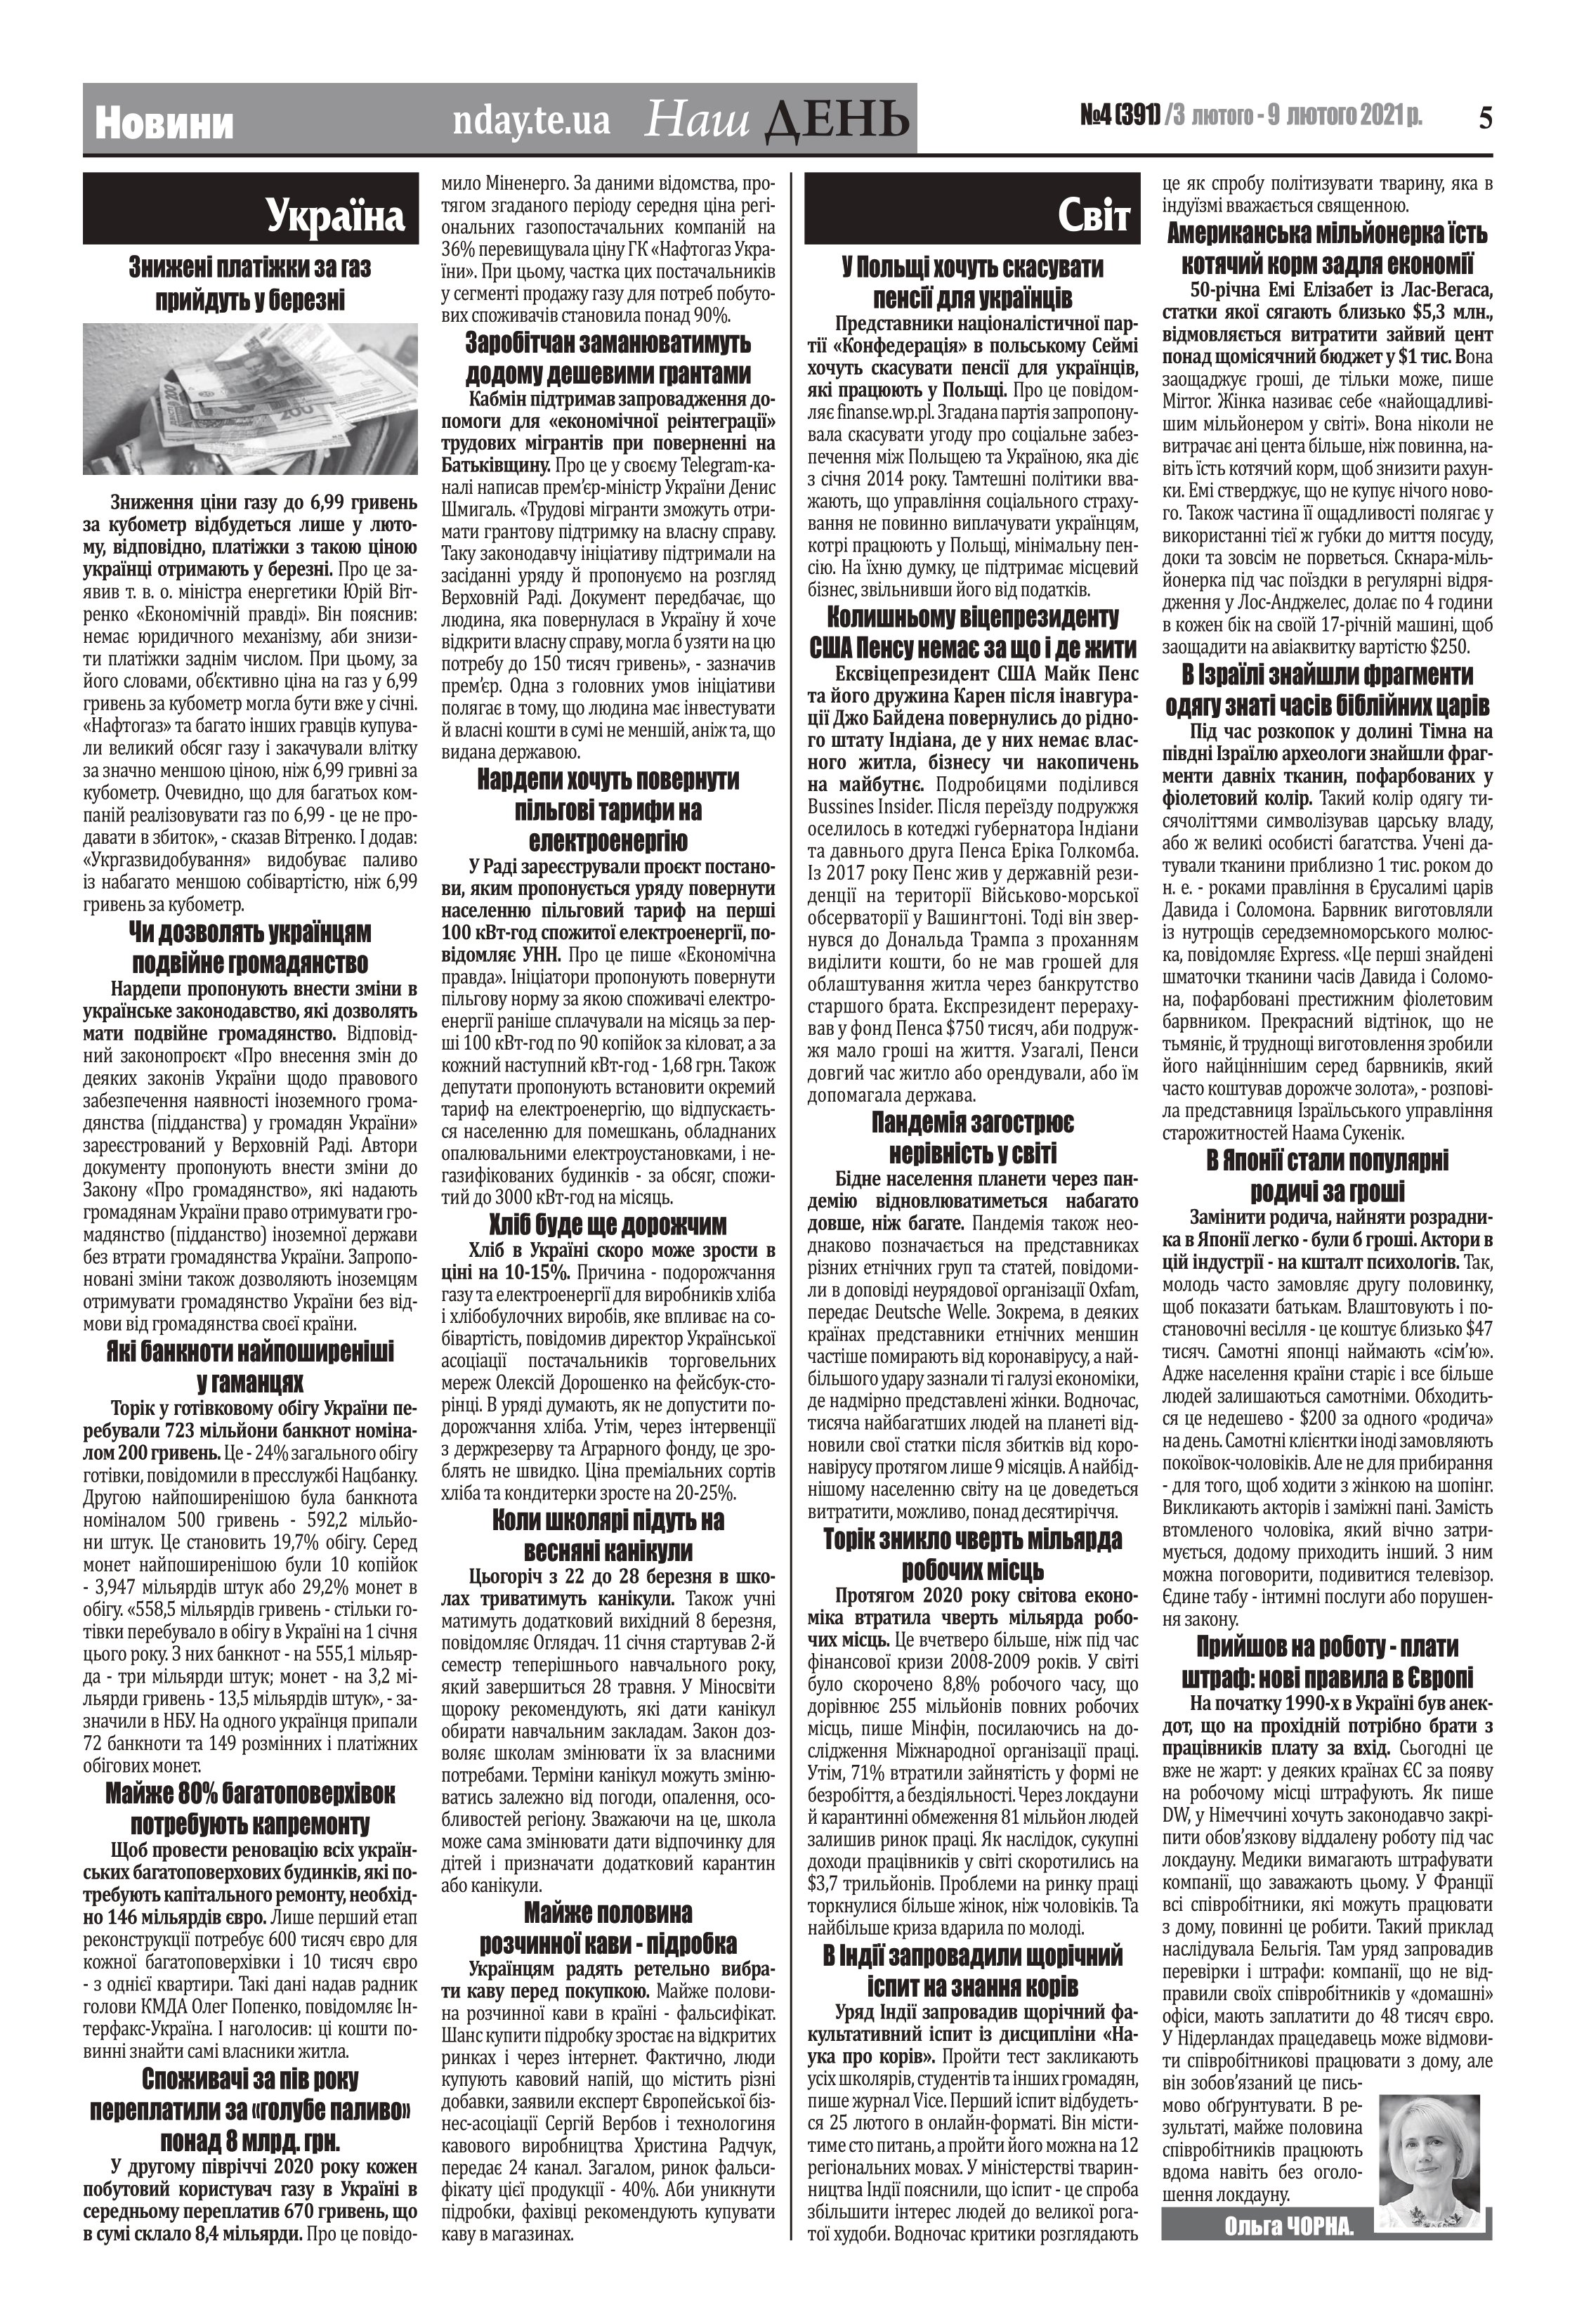
Language: uk